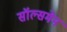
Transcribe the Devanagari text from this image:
सॉल्समेन